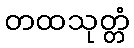
တထသုတ္တံ